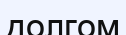
долгом